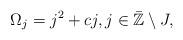
LaTeX: \begin{align*}\Omega_j=j^2+cj,j\in\bar{\mathbb{Z}}\setminus J,\end{align*}